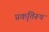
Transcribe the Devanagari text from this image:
प्रकृतिरूप